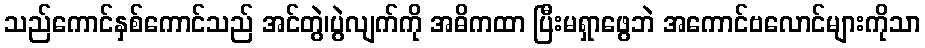
သည်ကောင်နှစ်ကောင်သည် အင်တွဲ၊ပွဲလျက်ကို အဓိကထာ ပြီးမရှာဖွေဘဲ အကောင်ဗလောင်များကိုသာ